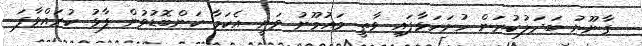
ގާނޫނު ބަދަލުކުރަން ހުށަހަޅާފައި ވާތީ މައުމޫނު ވަނީ އެކަމާ ކަންބޮޑުވުން ފާޅު ކުރައްވާފަ